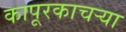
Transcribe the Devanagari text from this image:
कापूरकाचऱ्या